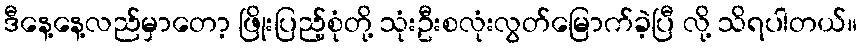
ဒီနေ့နေ့လည်မှာတော့ ဖြိုးပြည့်စုံတို့ သုံးဦးစလုံးလွတ်မြောက်ခဲ့ပြီ လို့ သိရပါတယ်။